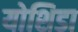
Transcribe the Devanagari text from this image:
योशिडा